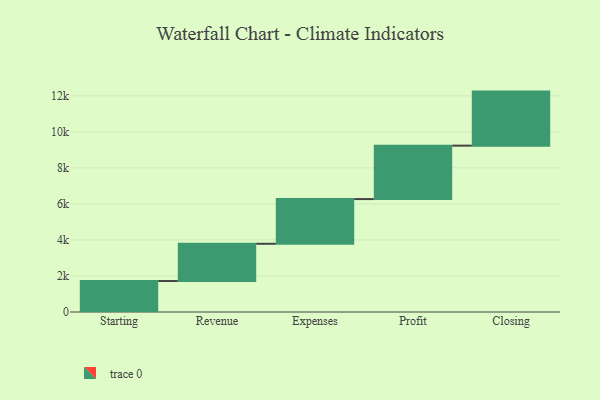
{"axis": {"x": "Step", "y": "Value"}, "legend": [""], "data": [{"x": "Starting", "y": 1719.0, "type": ""}, {"x": "Revenue", "y": 2068.0, "type": ""}, {"x": "Expenses", "y": 2481.0, "type": ""}, {"x": "Profit", "y": 2965.0, "type": ""}, {"x": "Closing", "y": 3000, "type": ""}]}